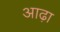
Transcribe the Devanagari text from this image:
आढ़ा